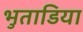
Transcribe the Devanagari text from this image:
भुताडिया